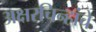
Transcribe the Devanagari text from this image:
अक्षरचिन्हांचे